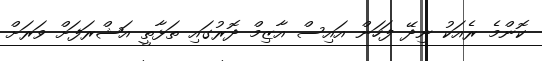
ކޮންމެ ރެއަކު ނިދޭ ފަހަން އައިސް އާޒިމް ދޮރުގައި ތަޅާތީ އަޝްރަފަށް ވަރަށް